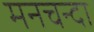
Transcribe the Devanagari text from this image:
मनचन्दा